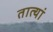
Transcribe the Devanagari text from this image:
तात्यां